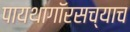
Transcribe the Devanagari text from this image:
पायथागॉरसच्याच